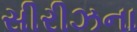
સીરીઝના